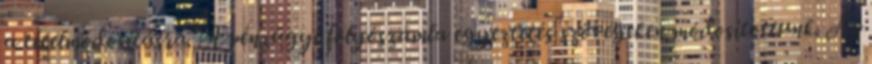
a tételmódosításra. A pénzügyi folyószámla egyeztetés szövegeken módosítottunk. Az